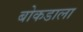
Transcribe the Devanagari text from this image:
बोकडाला